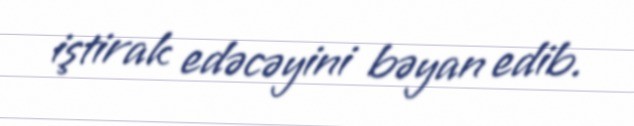
iştirak edəcəyini bəyan edib.